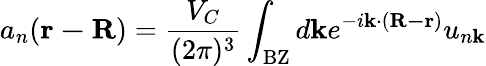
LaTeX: a_{n}(\mathbf{r-R})={\frac{V_{C}}{(2\pi)^{3}}}\int_{\mathrm{BZ}}d\mathbf{k}e^{-i\mathbf{k}\cdot(\mathbf{R-r})}u_{n\mathbf{k}}